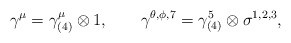
\begin{align*}\gamma^{\mu}=\gamma_{(4)}^{\mu}\otimes 1, \qquad \gamma^{\theta,\phi,7}=\gamma_{(4)}^5 \otimes\sigma^{1,2,3},\end{align*}